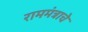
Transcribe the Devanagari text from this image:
राममंत्राचे